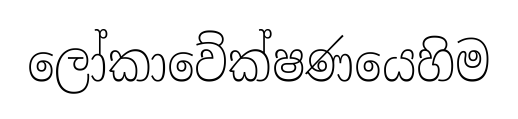
ලෝකාවේක්ෂණයෙහිම